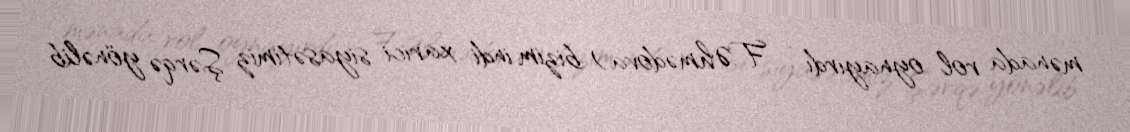
mənada rol oynayırdı - F.Əhmədova) bizim indi xarici siyasətimiz Şərqə yönəlib